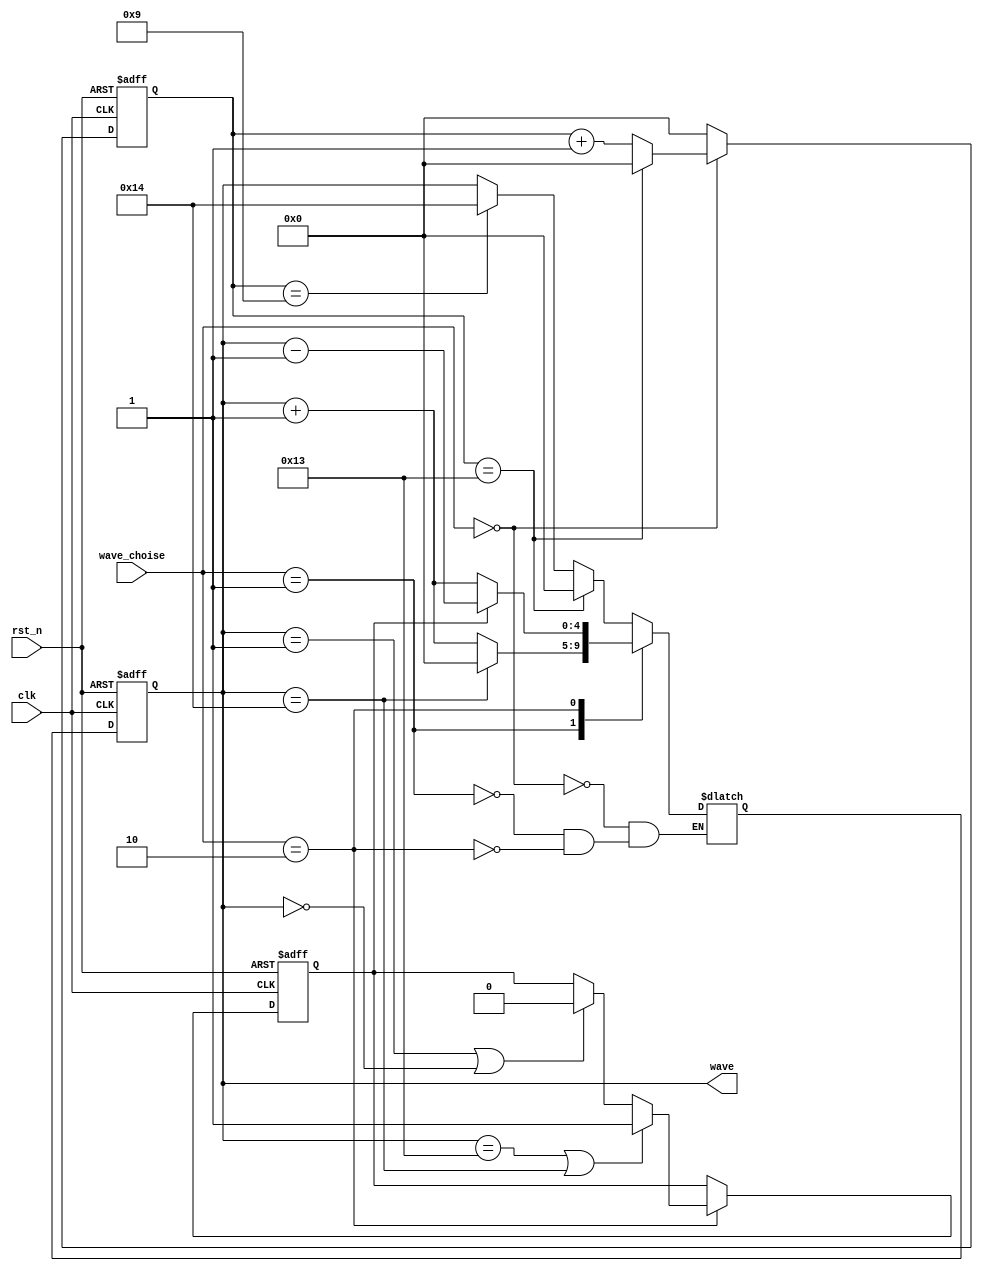
`timescale 1ns / 1ns
module signal_generator (
    input clk,
    input rst_n,
    input [1:0] wave_choise,
    output reg [4:0] wave
);
    reg [4:0] cnt, wave_d;
    reg flag_for3;
    always @(posedge clk or negedge rst_n) begin
        if (!rst_n) wave <= 0;
        else begin
            wave <= wave_d;
        end
    end

    always @(posedge clk or negedge rst_n) begin
        if (!rst_n) cnt <= 0;
        else begin
            case (wave_choise)
                2'd0: begin
                    if (cnt == 5'd19) cnt <= 0;
                    else cnt <= cnt + 1;
                end
                default: cnt <= 0;
            endcase
        end
    end

    always @(posedge clk or negedge rst_n) begin
        if (!rst_n) flag_for3 <= 1;
        else if (wave_choise == 2'd2) begin
            if (wave == 5'd19 || wave == 5'd20) flag_for3 <= 1;
            else if (wave == 5'd1 || wave == 5'd0) flag_for3 <= 0;
        end
    end
    always @(*) begin
        case (wave_choise)
            2'd0: begin
                if (cnt == 5'd19) wave_d = 0;
                else if (cnt == 5'd9) wave_d = 5'd20;
                else wave_d = wave;
            end
            2'd1: wave_d = (wave == 5'd20) ? 0 : wave + 1;
            2'd2: wave_d = (flag_for3) ? wave - 1 : wave + 1;
        endcase
    end
endmodule